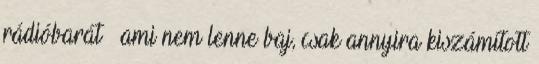
rádióbarát – ami nem lenne baj, csak annyira kiszámított